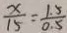
\frac { x } { 1 5 } = \frac { 1 . 5 } { 0 . 5 }